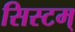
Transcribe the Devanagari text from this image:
सिस्टम्